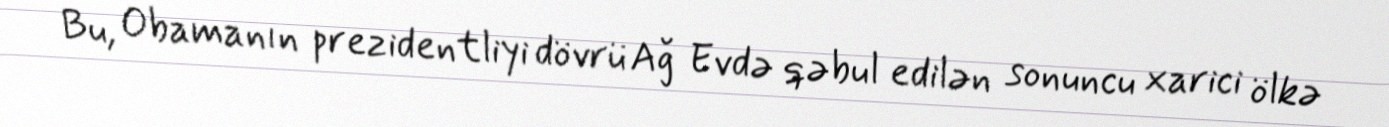
Bu, Obamanın prezidentliyi dövrü Ağ Evdə qəbul edilən sonuncu xarici ölkə